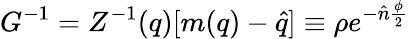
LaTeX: G^{-1}=Z^{-1}(q)[m(q)-\hat{q}]\equiv\rho e^{-\hat{n}\frac{\phi}{2}}